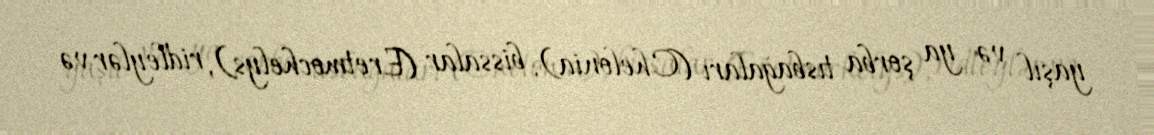
yaşıl və ya şorba tısbağaları (Chelonia), bissalar (Eretmochelys), ridleylər və